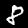
Label: 8